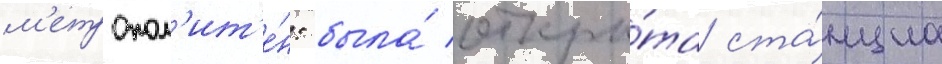
м'етропол'ит'е́н: была́ откры́та ста́нциа